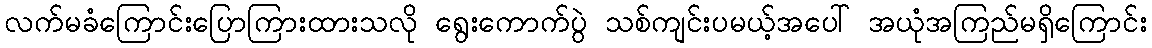
လက်မခံကြောင်းပြောကြားထားသလို ရွေးကောက်ပွဲ သစ်ကျင်းပမယ့်အပေါ် အယုံအကြည်မရှိကြောင်း